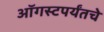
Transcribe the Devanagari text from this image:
ऑगस्टपर्यंतचे